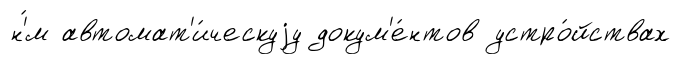
н'́м автомат'и́ческуjу докум'е́нтов устро́йствах